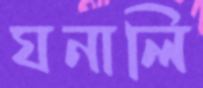
ঘনালি